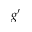
g ^ { \prime }